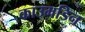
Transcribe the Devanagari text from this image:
काउमडिन